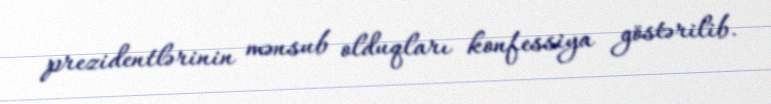
prezidentlərinin mənsub olduqları konfessiya göstərilib.